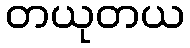
တယုတယ